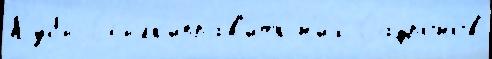
Кубы Ссылк'иправ'ить н'их Сафро́нов